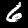
Digit: 6